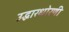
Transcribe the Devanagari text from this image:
उद्धारधोरणी